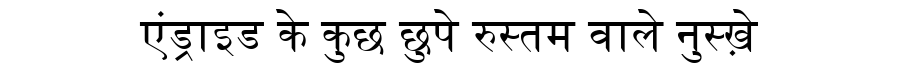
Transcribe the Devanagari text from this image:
एंड्राइड के कुछ छुपे रुस्तम वाले नुस्ख़े